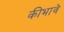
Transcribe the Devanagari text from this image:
कीभावे